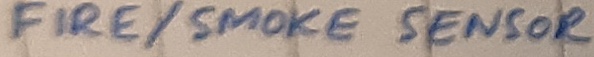
Text: FIRE/SMOKE SENSOR